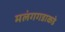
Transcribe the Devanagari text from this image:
मलंगगडाकडे